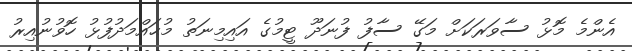
އެންމެ މޮޅު ސާވަރަކަށް މަގޭ ސާފު ފުނަދޫ ޓީމުގެ އައިމިނަތު މުޙައްމަދުފުޅު ހޮވުނުއިރު